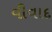
વીવાદ